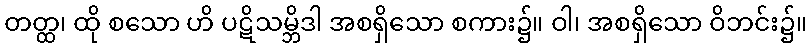
တတ္ထ၊ ထို စသော ဟိ ပဋိသမ္ဘိဒါ အစရှိသော စကား၌။ ဝါ၊ အစရှိသော ဝိဘင်း၌။